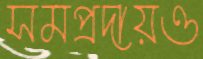
সমপ্রদায়ও